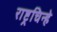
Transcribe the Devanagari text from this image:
राष्ट्रचिन्हे